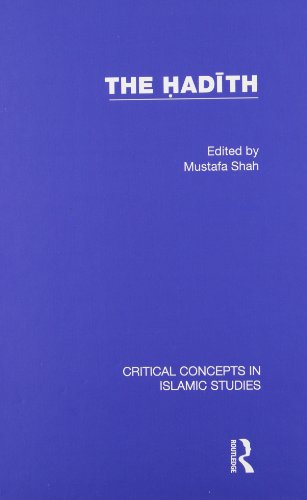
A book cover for The Hadith: Articulating the Beliefs and Constructs of Classical Islam (Critical Concepts in Islamic Studies); Religion & Spirituality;